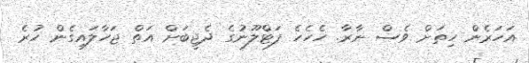
އަހަރެން ހިތަށް ވެސް ނާރާ. ހެހެހެ ފަޓްލޫނުގެ ދެޖީބަށް އަތް ޖަހާލައިގެން ހުރެ